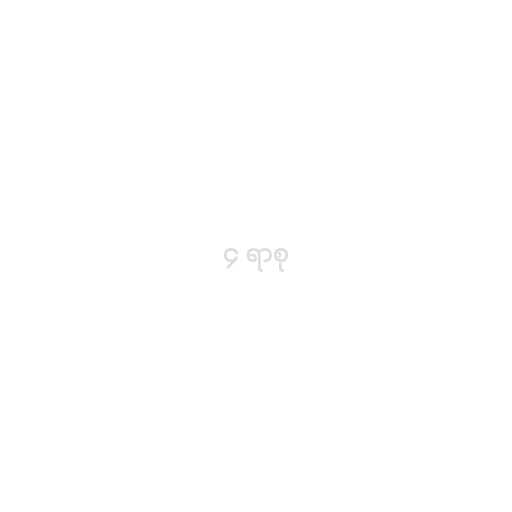
၄ ရာစု